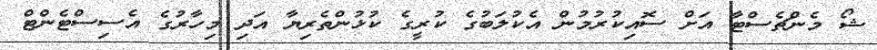
ޝޯ މެންޗެސްޓާ އަށް ސޮއިކުރުމުން އެކުލަބުގެ ކުރީގެ ކުޅުންތެރިޔާ އަދި މިހާރުގެ އެސިސްޓެންޓް